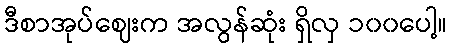
ဒီစာအုပ်ဈေးက အလွန်ဆုံး ရှိလှ ၁၀၀ပေါ့။